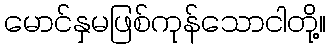
မောင်နှမဖြစ်ကုန်သောငါတို့။